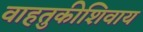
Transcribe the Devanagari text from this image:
वाहतुकीशिवाय